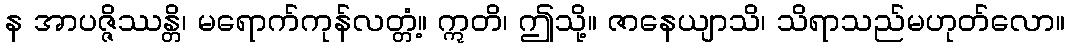
န အာပဇ္ဇိဿန္တိ၊ မရောက်ကုန်လတ္တံ့။ ဣတိ၊ ဤသို့။ ဇာနေယျာသိ၊ သိရာသည်မဟုတ်လော။